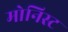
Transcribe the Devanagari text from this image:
मोनिस्ट